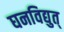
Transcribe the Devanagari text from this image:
घनविद्युत्